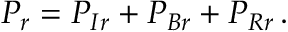
P _ { r } = P _ { I r } + P _ { B r } + P _ { R r } \, .